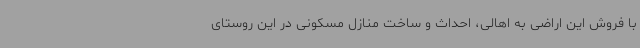
با فروش این اراضی به اهالی، احداث و ساخت منازل مسکونی در این روستای